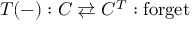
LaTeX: T ( - ) : C \rightleftarrows C ^ { T } : { \mathrm { f o r g e t } }